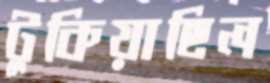
টুকিয়াছিল